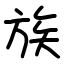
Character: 族